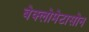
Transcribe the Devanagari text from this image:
बेक्लोमेटासोन